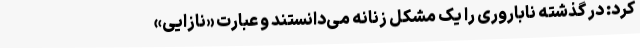
کرد: در گذشته ناباروری را یک مشکل زنانه می‌دانستند و عبارت «نازایی»